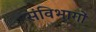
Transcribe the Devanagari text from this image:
संविभागों